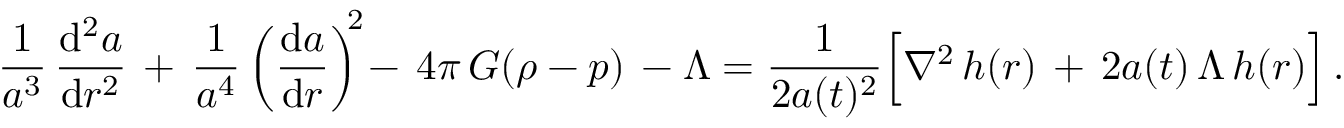
\frac { 1 } { a ^ { 3 } } \, \frac { \mathrm { d } ^ { 2 } a } { \mathrm { d } r ^ { 2 } } \, + \, \frac { 1 } { a ^ { 4 } } \left( \frac { \mathrm { d } a } { \mathrm { d } r } \right) ^ { \! \! 2 } \! - \, 4 \pi \, G ( \rho - p ) \, - \Lambda = \frac { 1 } { 2 a ( t ) ^ { 2 } } \Bigl [ \nabla ^ { 2 } \, h ( r ) \, + \, 2 a ( t ) \, \Lambda \, h ( r ) \Bigr ] \, .